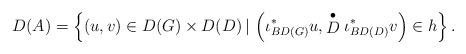
LaTeX: \begin{align*}D(A)=\left\{ (u,v)\in D(G)\times D(D)\,|\,\left(\iota_{BD(G)}^{\ast}u,\stackrel{\bullet}{D}\iota_{BD(D)}^{\ast}v\right)\in h\right\} .\end{align*}